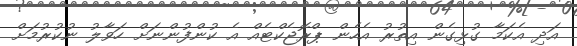
އަދި އެކަމާ ގުޅިގެން އިތުރު އެހެން ޕްރޮޖެކްޓެއް އެ ކުންފުންނަށް ހަވާލު ނުކުރުމަށް